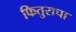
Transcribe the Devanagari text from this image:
फितुराचा